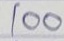
100